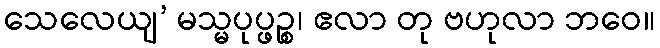
သေလေယျ’ မသ္မပုပ္ဖဉ္စ၊ ဧလာ တု ဗဟုလာ ဘဝေ။